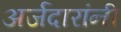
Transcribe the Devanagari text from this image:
अर्जदारांनी